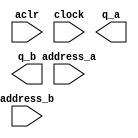
// megafunction wizard: %ROM: 2-PORT%VBB%
// GENERATION: STANDARD
// VERSION: WM1.0
// MODULE: altsyncram 

// ============================================================
// Megafunction Name(s):
// 			altsyncram
//
// Simulation Library Files(s):
// 			altera_mf
// ============================================================
// ************************************************************
// THIS IS A WIZARD-GENERATED FILE. DO NOT EDIT THIS FILE!
//
// 10.1 Build 197 01/19/2011 SP 1 SJ Full Version
// ************************************************************

//Copyright (C) 1991-2011 Altera Corporation
//Your use of Altera Corporation's design tools, logic functions 
//and other software and tools, and its AMPP partner logic 
//functions, and any output files from any of the foregoing 
//(including device programming or simulation files), and any 
//associated documentation or information are expressly subject 
//to the terms and conditions of the Altera Program License 
//Subscription Agreement, Altera MegaCore Function License 
//Agreement, or other applicable license agreement, including, 
//without limitation, that your use is for the sole purpose of 
//programming logic devices manufactured by Altera and sold by 
//Altera or its authorized distributors.  Please refer to the 
//applicable agreement for further details.

module cm_rom_final (
	aclr,
	address_a,
	address_b,
	clock,
	q_a,
	q_b);

	input	  aclr;
	input	[8:0]  address_a;
	input	[8:0]  address_b;
	input	  clock;
	output	[3:0]  q_a;
	output	[3:0]  q_b;
`ifndef ALTERA_RESERVED_QIS
// synopsys translate_off
`endif
	tri0	  aclr;
	tri1	  clock;
`ifndef ALTERA_RESERVED_QIS
// synopsys translate_on
`endif

endmodule

// ============================================================
// CNX file retrieval info
// ============================================================
// Retrieval info: PRIVATE: ADDRESSSTALL_A NUMERIC "0"
// Retrieval info: PRIVATE: ADDRESSSTALL_B NUMERIC "0"
// Retrieval info: PRIVATE: BYTEENA_ACLR_A NUMERIC "0"
// Retrieval info: PRIVATE: BYTEENA_ACLR_B NUMERIC "0"
// Retrieval info: PRIVATE: BYTE_ENABLE_A NUMERIC "0"
// Retrieval info: PRIVATE: BYTE_ENABLE_B NUMERIC "0"
// Retrieval info: PRIVATE: BYTE_SIZE NUMERIC "1"
// Retrieval info: PRIVATE: BlankMemory NUMERIC "0"
// Retrieval info: PRIVATE: CLOCK_ENABLE_INPUT_A NUMERIC "0"
// Retrieval info: PRIVATE: CLOCK_ENABLE_INPUT_B NUMERIC "0"
// Retrieval info: PRIVATE: CLOCK_ENABLE_OUTPUT_A NUMERIC "0"
// Retrieval info: PRIVATE: CLOCK_ENABLE_OUTPUT_B NUMERIC "0"
// Retrieval info: PRIVATE: CLRdata NUMERIC "0"
// Retrieval info: PRIVATE: CLRq NUMERIC "1"
// Retrieval info: PRIVATE: CLRrdaddress NUMERIC "0"
// Retrieval info: PRIVATE: CLRrren NUMERIC "0"
// Retrieval info: PRIVATE: CLRwraddress NUMERIC "0"
// Retrieval info: PRIVATE: CLRwren NUMERIC "0"
// Retrieval info: PRIVATE: Clock NUMERIC "0"
// Retrieval info: PRIVATE: Clock_A NUMERIC "0"
// Retrieval info: PRIVATE: Clock_B NUMERIC "0"
// Retrieval info: PRIVATE: ECC NUMERIC "0"
// Retrieval info: PRIVATE: IMPLEMENT_IN_LES NUMERIC "0"
// Retrieval info: PRIVATE: INDATA_ACLR_B NUMERIC "0"
// Retrieval info: PRIVATE: INDATA_REG_B NUMERIC "1"
// Retrieval info: PRIVATE: INIT_FILE_LAYOUT STRING "PORT_A"
// Retrieval info: PRIVATE: INIT_TO_SIM_X NUMERIC "0"
// Retrieval info: PRIVATE: INTENDED_DEVICE_FAMILY STRING "Stratix IV"
// Retrieval info: PRIVATE: JTAG_ENABLED NUMERIC "0"
// Retrieval info: PRIVATE: JTAG_ID STRING "NONE"
// Retrieval info: PRIVATE: MAXIMUM_DEPTH NUMERIC "0"
// Retrieval info: PRIVATE: MEMSIZE NUMERIC "2048"
// Retrieval info: PRIVATE: MEM_IN_BITS NUMERIC "0"
// Retrieval info: PRIVATE: MIFfilename STRING "output_CM_final.mif"
// Retrieval info: PRIVATE: OPERATION_MODE NUMERIC "3"
// Retrieval info: PRIVATE: OUTDATA_ACLR_B NUMERIC "1"
// Retrieval info: PRIVATE: OUTDATA_REG_B NUMERIC "0"
// Retrieval info: PRIVATE: RAM_BLOCK_TYPE NUMERIC "0"
// Retrieval info: PRIVATE: READ_DURING_WRITE_MODE_MIXED_PORTS NUMERIC "2"
// Retrieval info: PRIVATE: REGdata NUMERIC "1"
// Retrieval info: PRIVATE: REGq NUMERIC "0"
// Retrieval info: PRIVATE: REGrdaddress NUMERIC "0"
// Retrieval info: PRIVATE: REGrren NUMERIC "0"
// Retrieval info: PRIVATE: REGwraddress NUMERIC "1"
// Retrieval info: PRIVATE: REGwren NUMERIC "1"
// Retrieval info: PRIVATE: SYNTH_WRAPPER_GEN_POSTFIX STRING "0"
// Retrieval info: PRIVATE: USE_DIFF_CLKEN NUMERIC "0"
// Retrieval info: PRIVATE: UseDPRAM NUMERIC "1"
// Retrieval info: PRIVATE: VarWidth NUMERIC "0"
// Retrieval info: PRIVATE: WIDTH_READ_A NUMERIC "4"
// Retrieval info: PRIVATE: WIDTH_READ_B NUMERIC "4"
// Retrieval info: PRIVATE: WIDTH_WRITE_A NUMERIC "4"
// Retrieval info: PRIVATE: WIDTH_WRITE_B NUMERIC "4"
// Retrieval info: PRIVATE: WRADDR_ACLR_B NUMERIC "0"
// Retrieval info: PRIVATE: WRADDR_REG_B NUMERIC "1"
// Retrieval info: PRIVATE: WRCTRL_ACLR_B NUMERIC "0"
// Retrieval info: PRIVATE: enable NUMERIC "0"
// Retrieval info: PRIVATE: rden NUMERIC "0"
// Retrieval info: LIBRARY: altera_mf altera_mf.altera_mf_components.all
// Retrieval info: CONSTANT: ADDRESS_REG_B STRING "CLOCK0"
// Retrieval info: CONSTANT: CLOCK_ENABLE_INPUT_A STRING "BYPASS"
// Retrieval info: CONSTANT: CLOCK_ENABLE_INPUT_B STRING "BYPASS"
// Retrieval info: CONSTANT: CLOCK_ENABLE_OUTPUT_A STRING "BYPASS"
// Retrieval info: CONSTANT: CLOCK_ENABLE_OUTPUT_B STRING "BYPASS"
// Retrieval info: CONSTANT: INDATA_REG_B STRING "CLOCK0"
// Retrieval info: CONSTANT: INIT_FILE STRING "output_CM_final.mif"
// Retrieval info: CONSTANT: INTENDED_DEVICE_FAMILY STRING "Stratix IV"
// Retrieval info: CONSTANT: LPM_TYPE STRING "altsyncram"
// Retrieval info: CONSTANT: NUMWORDS_A NUMERIC "512"
// Retrieval info: CONSTANT: NUMWORDS_B NUMERIC "512"
// Retrieval info: CONSTANT: OPERATION_MODE STRING "BIDIR_DUAL_PORT"
// Retrieval info: CONSTANT: OUTDATA_ACLR_A STRING "CLEAR0"
// Retrieval info: CONSTANT: OUTDATA_ACLR_B STRING "CLEAR0"
// Retrieval info: CONSTANT: OUTDATA_REG_A STRING "UNREGISTERED"
// Retrieval info: CONSTANT: OUTDATA_REG_B STRING "UNREGISTERED"
// Retrieval info: CONSTANT: POWER_UP_UNINITIALIZED STRING "FALSE"
// Retrieval info: CONSTANT: WIDTHAD_A NUMERIC "9"
// Retrieval info: CONSTANT: WIDTHAD_B NUMERIC "9"
// Retrieval info: CONSTANT: WIDTH_A NUMERIC "4"
// Retrieval info: CONSTANT: WIDTH_B NUMERIC "4"
// Retrieval info: CONSTANT: WIDTH_BYTEENA_A NUMERIC "1"
// Retrieval info: CONSTANT: WIDTH_BYTEENA_B NUMERIC "1"
// Retrieval info: CONSTANT: WRCONTROL_WRADDRESS_REG_B STRING "CLOCK0"
// Retrieval info: USED_PORT: aclr 0 0 0 0 INPUT GND "aclr"
// Retrieval info: USED_PORT: address_a 0 0 9 0 INPUT NODEFVAL "address_a[8..0]"
// Retrieval info: USED_PORT: address_b 0 0 9 0 INPUT NODEFVAL "address_b[8..0]"
// Retrieval info: USED_PORT: clock 0 0 0 0 INPUT VCC "clock"
// Retrieval info: USED_PORT: q_a 0 0 4 0 OUTPUT NODEFVAL "q_a[3..0]"
// Retrieval info: USED_PORT: q_b 0 0 4 0 OUTPUT NODEFVAL "q_b[3..0]"
// Retrieval info: CONNECT: @aclr0 0 0 0 0 aclr 0 0 0 0
// Retrieval info: CONNECT: @address_a 0 0 9 0 address_a 0 0 9 0
// Retrieval info: CONNECT: @address_b 0 0 9 0 address_b 0 0 9 0
// Retrieval info: CONNECT: @clock0 0 0 0 0 clock 0 0 0 0
// Retrieval info: CONNECT: @data_a 0 0 4 0 GND 0 0 4 0
// Retrieval info: CONNECT: @data_b 0 0 4 0 GND 0 0 4 0
// Retrieval info: CONNECT: @wren_a 0 0 0 0 GND 0 0 0 0
// Retrieval info: CONNECT: @wren_b 0 0 0 0 GND 0 0 0 0
// Retrieval info: CONNECT: q_a 0 0 4 0 @q_a 0 0 4 0
// Retrieval info: CONNECT: q_b 0 0 4 0 @q_b 0 0 4 0
// Retrieval info: GEN_FILE: TYPE_NORMAL cm_rom_final.v TRUE
// Retrieval info: GEN_FILE: TYPE_NORMAL cm_rom_final.inc FALSE
// Retrieval info: GEN_FILE: TYPE_NORMAL cm_rom_final.cmp FALSE
// Retrieval info: GEN_FILE: TYPE_NORMAL cm_rom_final.bsf FALSE
// Retrieval info: GEN_FILE: TYPE_NORMAL cm_rom_final_inst.v TRUE
// Retrieval info: GEN_FILE: TYPE_NORMAL cm_rom_final_bb.v TRUE
// Retrieval info: LIB_FILE: altera_mf